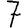
Digit: 7